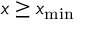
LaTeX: x \geq x _ { \operatorname* { m i n } }